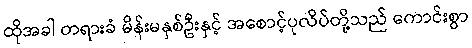
ထိုအခါ တရားခံ မိန်းမနှစ်ဦးနှင့် အစောင့်ပုလိပ်တို့သည် ကောင်းစွာ